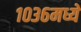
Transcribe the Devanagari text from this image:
१०३६मध्ये